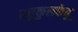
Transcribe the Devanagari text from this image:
रघुकुलकेतू